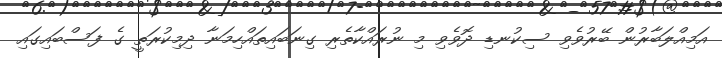
އަމިއްލަބާރުން ބޭރުވެވި ސިކުނޑި ދޮވެވި މި ނުރައްކާތެރި ގިނަބައިތައްހިމަނާ ދިމިކުރަތީ ގެ ފަސްބައިގައި